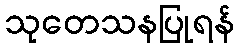
သုတေသနပြုရန်